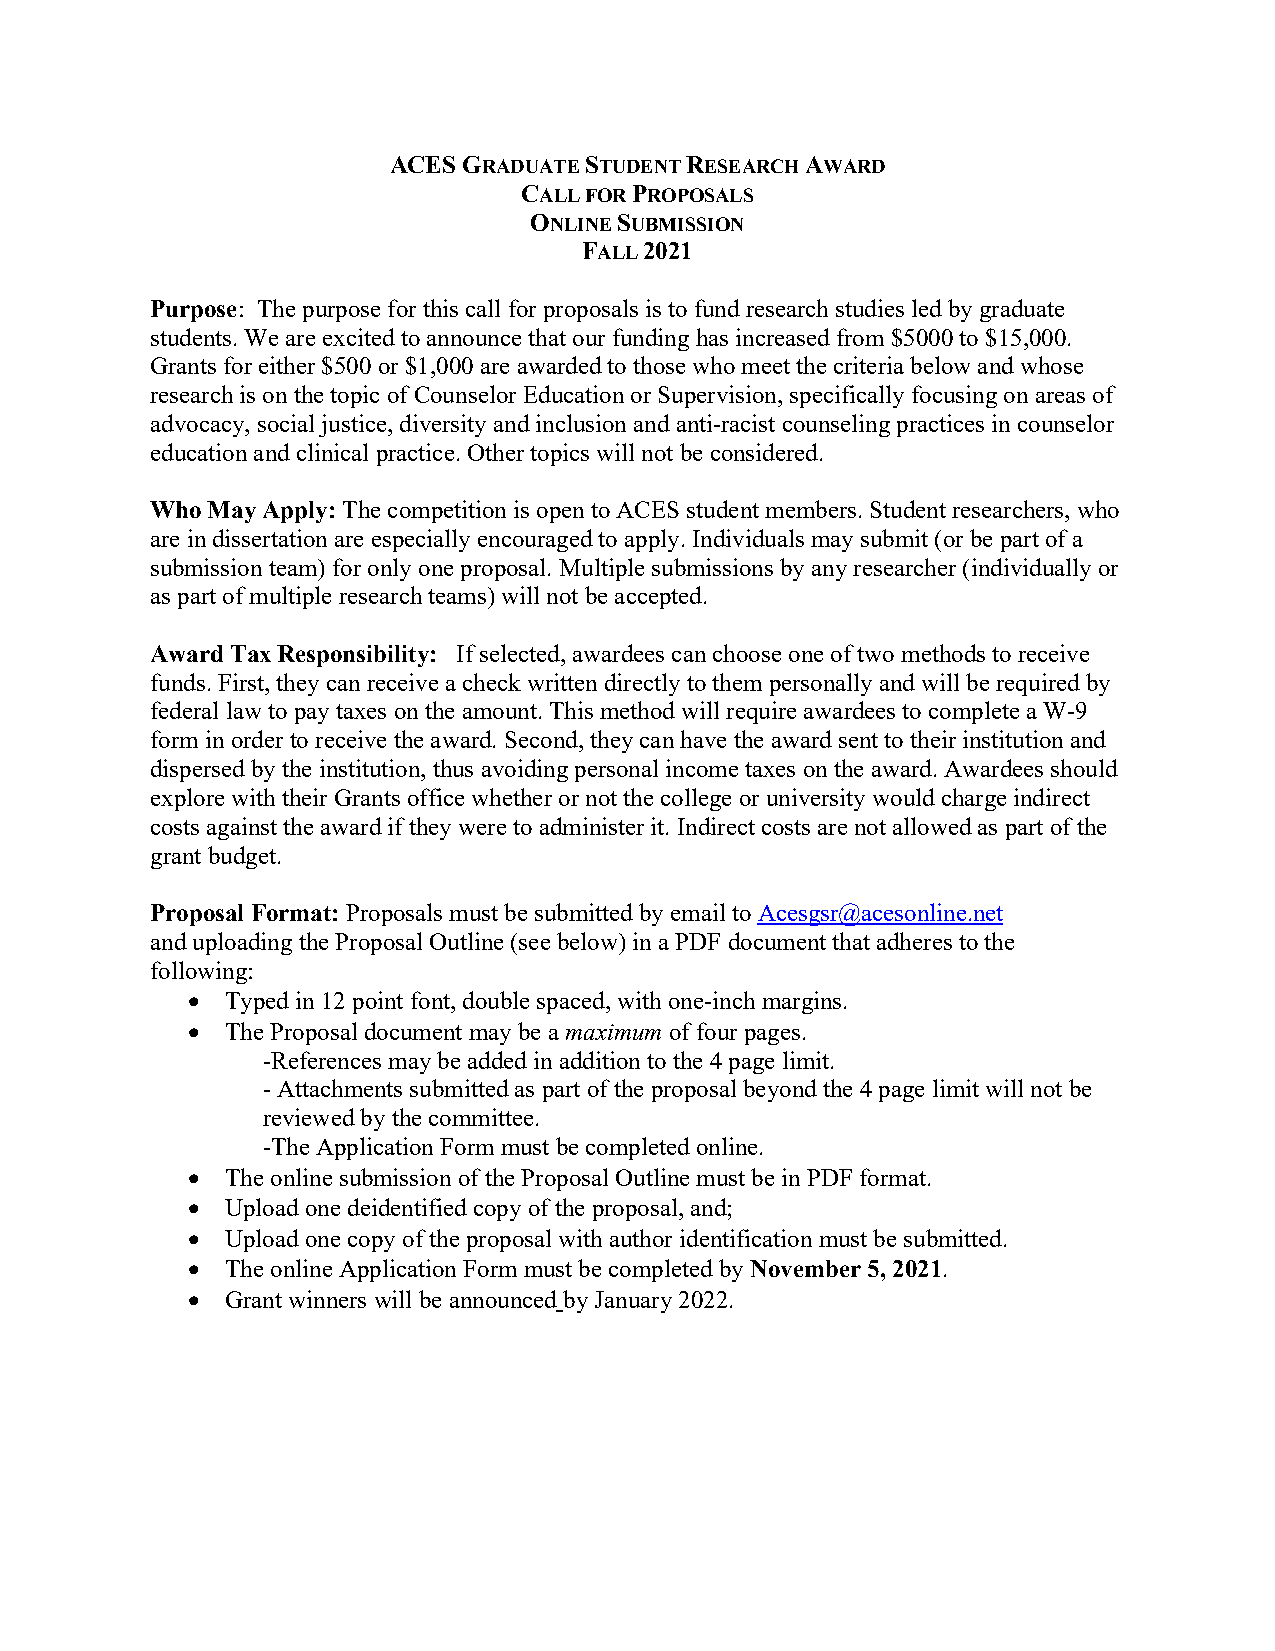
ACES GRADUATE STUDENT RESEARCH AWARD
 CALL FOR PROPOSALS
 ONLINE SUBMISSION
 FALL 2021
 Purpose: The purpose for this call for proposals is to fund research studies led by graduate
 students. We are excited to announce that our funding has increased from $5000 to $15,000.
 Grants for either $500 or $1,000 are awarded to those who meet the criteria below and whose
 research is on the topic of Counselor Education or Supervision, specifically focusing on areas of
 advocacy, social justice, diversity and inclusion and anti-racist counseling practices in counselor
 education and clinical practice. Other topics will not be considered.
 Who May Apply: The competition is open to ACES student members. Student researchers, who
 are in dissertation are especially encouraged to apply. Individuals may submit (or be part of a
 submission team) for only one proposal. Multiple submissions by any researcher (individually or
 as part of multiple research teams) will not be accepted.
 Award Tax Responsibility: If selected, awardees can choose one of two methods to receive
 funds. First, they can receive a check written directly to them personally and will be required by
 federal law to pay taxes on the amount. This method will require awardees to complete a W-9
 form in order to receive the award. Second, they can have the award sent to their institution and
 dispersed by the institution, thus avoiding personal income taxes on the award. Awardees should
 explore with their Grants office whether or not the college or university would charge indirect
 costs against the award if they were to administer it. Indirect costs are not allowed as part of the
 grant budget.
 Proposal Format: Proposals must be submitted by email to Acesgsr@acesonline.net
 and uploading the Proposal Outline (see below) in a PDF document that adheres to the
 following:
 •  Typed in 12 point font, double spaced, with one-inch margins.
 •  The Proposal document may be a maximum of four pages.
 -References may be added in addition to the 4 page limit.
 - Attachments submitted as part of the proposal beyond the 4 page limit will not be
 reviewed by the committee.
 -The Application Form must be completed online.
 •  The online submission of the Proposal Outline must be in PDF format.
 •  Upload one deidentified copy of the proposal, and;
 •  Upload one copy of the proposal with author identification must be submitted.
 •  The online Application Form must be completed by November 5, 2021.
 •  Grant winners will be announced by January 2022.